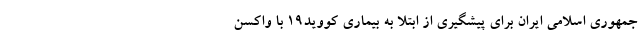
جمهوری اسلامی ایران برای پیشگیری از ابتلا به بیماری کووید۱۹ با واکسن